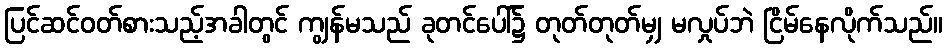
ပြင်ဆင်ဝတ်စားသည့်အခါတွင် ကျွန်မသည် ခုတင်ပေါ်၌ တုတ်တုတ်မျှ မလှုပ်ဘဲ ငြိမ်နေလိုက်သည်။